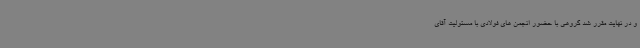
و در نهایت مقرر شد گروهی با حضور انجمن های فولادی با مسئولیت آقای